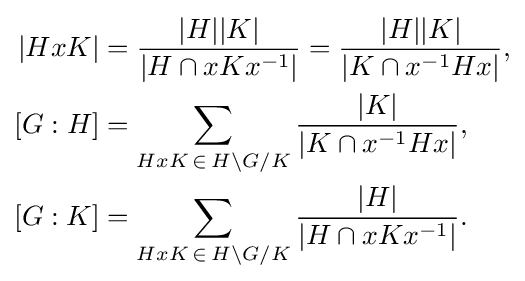
{\begin{aligned}|HxK|&={\frac {|H||K|}{|H\cap xKx^{-1}|}}={\frac {|H||K|}{|K\cap x^{-1}Hx|}},\\\left[G:H\right]&=\sum _{HxK\,\in \,H\backslash G/K}{\frac {|K|}{|K\cap x^{-1}Hx|}},\\\left[G:K\right]&=\sum _{HxK\,\in \,H\backslash G/K}{\frac {|H|}{|H\cap xKx^{-1}|}}.\end{aligned}}